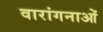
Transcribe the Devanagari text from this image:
वारांगनाओं